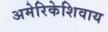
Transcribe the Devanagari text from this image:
अमेरिकेशिवाय